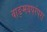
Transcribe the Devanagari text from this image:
वाङ्मयपरंपरा